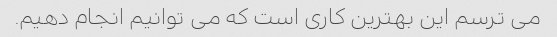
می ترسم این بهترین کاری است که می توانیم انجام دهیم.